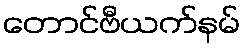
တောင်ဗီယက်နမ်